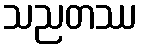
သညတဿ